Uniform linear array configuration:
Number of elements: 24
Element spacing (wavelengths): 0.25
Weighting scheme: uniform
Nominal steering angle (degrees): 15
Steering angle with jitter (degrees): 15.076
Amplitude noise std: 0.05
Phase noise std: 0.05

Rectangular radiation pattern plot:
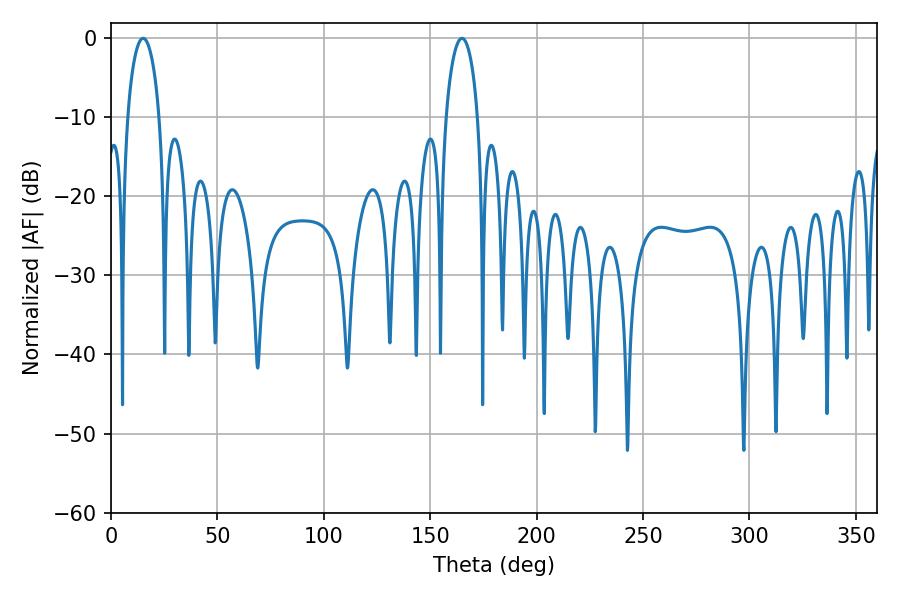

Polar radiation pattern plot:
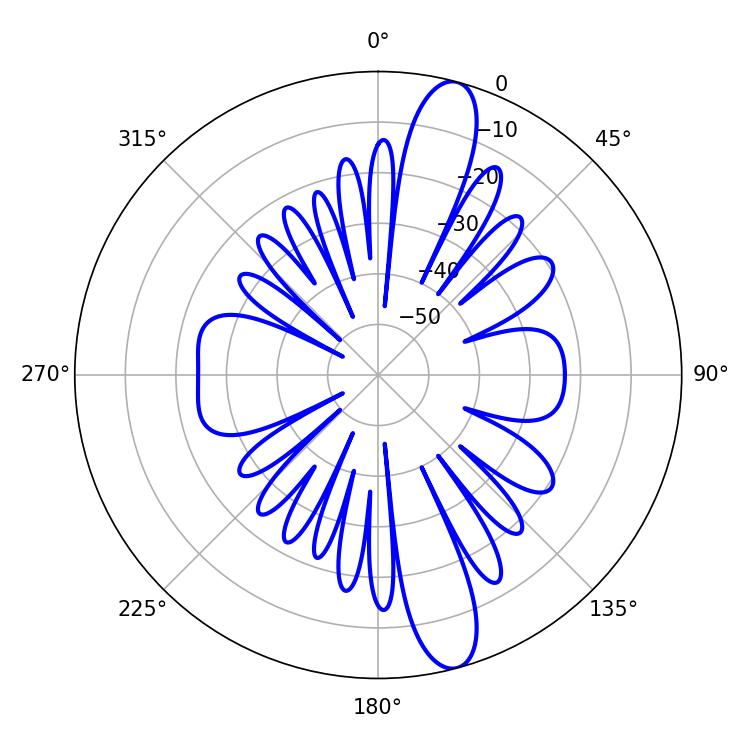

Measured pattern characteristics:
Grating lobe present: FALSE
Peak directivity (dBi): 13.495
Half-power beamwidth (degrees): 8.64
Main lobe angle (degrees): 15.12